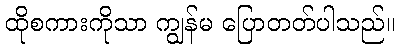
ထိုစကားကိုသာ ကျွန်မ ပြောတတ်ပါသည်။